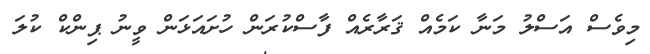
މިވެސް އަސްލު މަނާ ކަމެއް ޤަރާރެއް ފާސްކުރަން ހުށައަޅަން ވީނު ޕިންކް ކުލަ